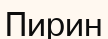
Пирин